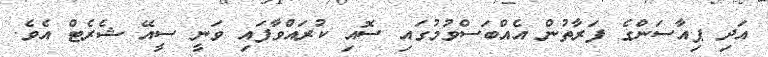
އަދި ޕިއާސަންގެ ފަރާތުން އެއްބަސްވުމުގައި ސޮއި ކުރައްވާފައި ވަނީ ސީއޭ ޝެރެޓް އެވެ.